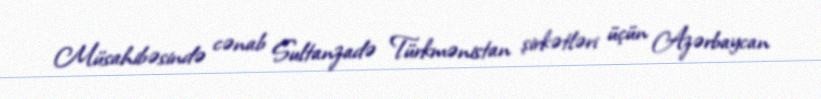
Müsahibəsində cənab Sultanzadə Türkmənistan şirkətləri üçün Azərbaycan